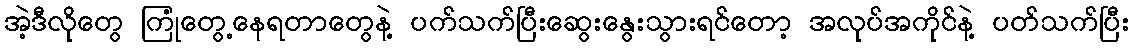
အဲ့ဒီလိုတွေ ကြုံတွေ့နေရတာတွေနဲ့ ပက်သက်ပြီးဆွေးနွေးသွားရင်တော့ အလုပ်အကိုင်နဲ့ ပတ်သက်ပြီး